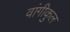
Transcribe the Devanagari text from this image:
वांगीकुल